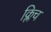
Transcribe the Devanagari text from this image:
क्लिच